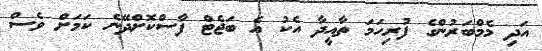
އަދި މެމްބަރުންގެ ފުރިހަމަ ތާއީދާ އެކު އެ ބަޖެޓް ފާސްކޮށްދޭނެ ކަމަށް ވެސް